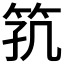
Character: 𬔸